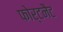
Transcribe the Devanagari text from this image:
फोर्टनैट